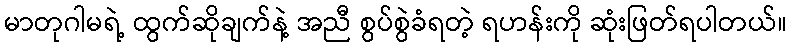
မာတုဂါမရဲ့ ထွက်ဆိုချက်နဲ့ အညီ စွပ်စွဲခံရတဲ့ ရဟန်းကို ဆုံးဖြတ်ရပါတယ်။